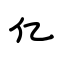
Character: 亿